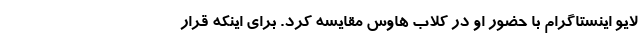
لایو اینستاگرام با حضور او در کلاب هاوس مقایسه کرد. برای اینکه قرار